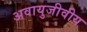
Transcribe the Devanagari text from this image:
अवायुजीवीय